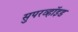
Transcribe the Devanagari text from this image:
सुपरव्हॉइड